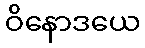
ဝိနောဒယေ